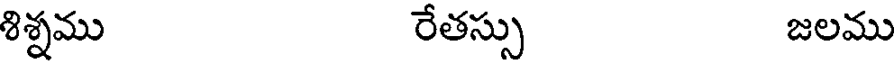
శిశ్నము రేతస్సు జలము